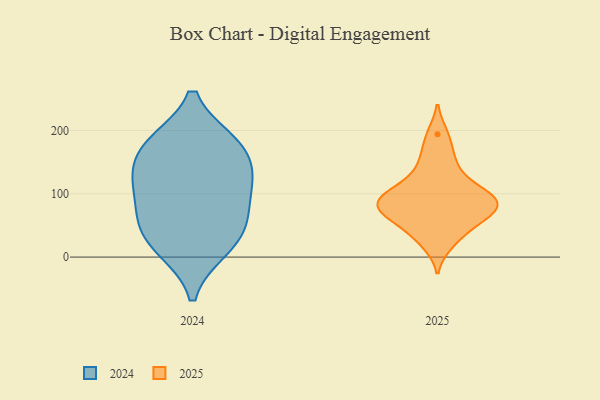
{"axis": {"x": "Website Visitors", "y": "Value"}, "legend": ["2024", "2025"], "data": [{"x": "", "y": 118, "type": "2025"}, {"x": "", "y": 93, "type": "2025"}, {"x": "", "y": 94, "type": "2025"}, {"x": "", "y": 66, "type": "2025"}, {"x": "", "y": 63, "type": "2025"}, {"x": "", "y": 86, "type": "2025"}, {"x": "", "y": 37, "type": "2025"}, {"x": "", "y": 82, "type": "2025"}, {"x": "", "y": 140, "type": "2025"}, {"x": "", "y": 104, "type": "2025"}, {"x": "", "y": 21, "type": "2025"}, {"x": "", "y": 59, "type": "2025"}, {"x": "", "y": 163, "type": "2025"}, {"x": "", "y": 83, "type": "2025"}, {"x": "", "y": 194, "type": "2025"}, {"x": "", "y": 65, "type": "2024"}, {"x": "", "y": 124, "type": "2024"}, {"x": "", "y": 50, "type": "2024"}, {"x": "", "y": 12, "type": "2024"}, {"x": "", "y": 106, "type": "2024"}, {"x": "", "y": 56, "type": "2024"}, {"x": "", "y": 120, "type": "2024"}, {"x": "", "y": 140, "type": "2024"}, {"x": "", "y": 180, "type": "2024"}, {"x": "", "y": 14, "type": "2024"}, {"x": "", "y": 181, "type": "2024"}, {"x": "", "y": 181, "type": "2024"}]}